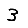
Digit: 3